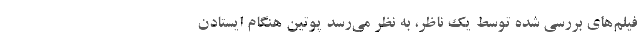
فیلم‌های بررسی شده توسط یک ناظر، به نظر می‌رسد پوتین هنگام ایستادن